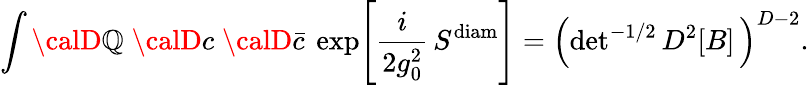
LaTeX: \int{\calD}\mathbb{Q}\; {\calD}c\; {\calD}{\bar{{c}}}~\exp\! \left[\frac{{i}}{{2g_{0}^{2}}}\, S^{\mathrm{{diam}}}\right]=\left(\mathrm{{det}}^{-1/2}\, D^{2}[B]\, \right)^{D-2}.